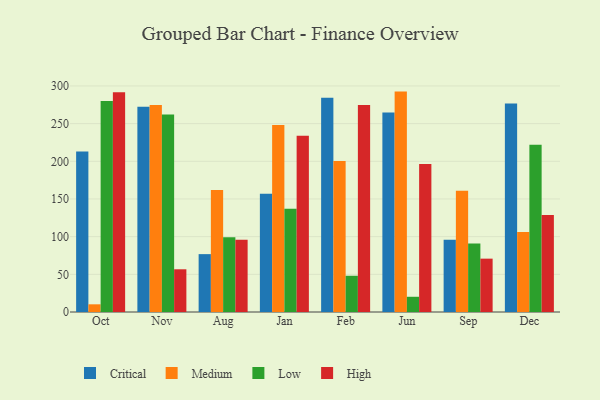
{"axis": {"x": "Month", "y": "Net Income (USD K)"}, "legend": ["Critical", "High", "Low", "Medium"], "data": [{"x": "Oct", "y": 212.9, "type": "Critical"}, {"x": "Oct", "y": 10.2, "type": "Medium"}, {"x": "Oct", "y": 279.9, "type": "Low"}, {"x": "Oct", "y": 291.6, "type": "High"}, {"x": "Nov", "y": 272.4, "type": "Critical"}, {"x": "Nov", "y": 274.7, "type": "Medium"}, {"x": "Nov", "y": 262.2, "type": "Low"}, {"x": "Nov", "y": 56.7, "type": "High"}, {"x": "Aug", "y": 76.8, "type": "Critical"}, {"x": "Aug", "y": 161.9, "type": "Medium"}, {"x": "Aug", "y": 99.1, "type": "Low"}, {"x": "Aug", "y": 95.8, "type": "High"}, {"x": "Jan", "y": 157.0, "type": "Critical"}, {"x": "Jan", "y": 248.1, "type": "Medium"}, {"x": "Jan", "y": 137.0, "type": "Low"}, {"x": "Jan", "y": 233.8, "type": "High"}, {"x": "Feb", "y": 284.4, "type": "Critical"}, {"x": "Feb", "y": 200.5, "type": "Medium"}, {"x": "Feb", "y": 48.1, "type": "Low"}, {"x": "Feb", "y": 274.7, "type": "High"}, {"x": "Jun", "y": 264.8, "type": "Critical"}, {"x": "Jun", "y": 292.5, "type": "Medium"}, {"x": "Jun", "y": 20.2, "type": "Low"}, {"x": "Jun", "y": 196.5, "type": "High"}, {"x": "Sep", "y": 95.8, "type": "Critical"}, {"x": "Sep", "y": 160.8, "type": "Medium"}, {"x": "Sep", "y": 90.8, "type": "Low"}, {"x": "Sep", "y": 70.8, "type": "High"}, {"x": "Dec", "y": 276.8, "type": "Critical"}, {"x": "Dec", "y": 106.1, "type": "Medium"}, {"x": "Dec", "y": 222.1, "type": "Low"}, {"x": "Dec", "y": 128.8, "type": "High"}]}